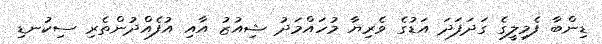
ޑިންބާ ފެމިލީގެ ގަދަފަދަ އަޑުގެ ވެރިޔާ މުހައްމަދު ޝިއުޒު އާއި އުފެއްދުންތެރި ސިކުނޑި